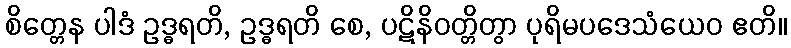
စိတ္တေန ပါဒံ ဥဒ္ဓရတိ, ဥဒ္ဓရတိ စေ, ပဋိနိဝတ္တိတွာ ပုရိမပဒေသံယေဝ ဧတိ။